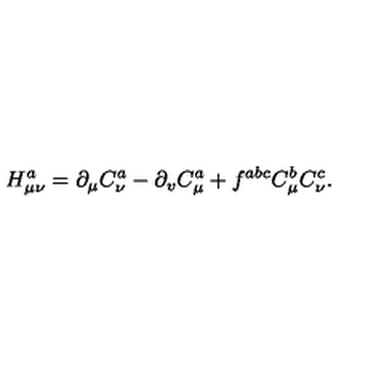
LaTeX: H _ { \mu \nu } ^ { a } = \partial _ { \mu } C _ { \nu } ^ { a } - \partial _ { v } C _ { \mu } ^ { a } + f ^ { a b c } C _ { \mu } ^ { b } C _ { \nu } ^ { c } .